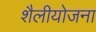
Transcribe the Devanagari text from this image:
शैलीयोजना